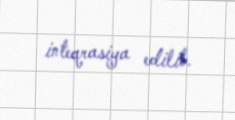
inteqrasiya edilib.